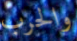
والحرب